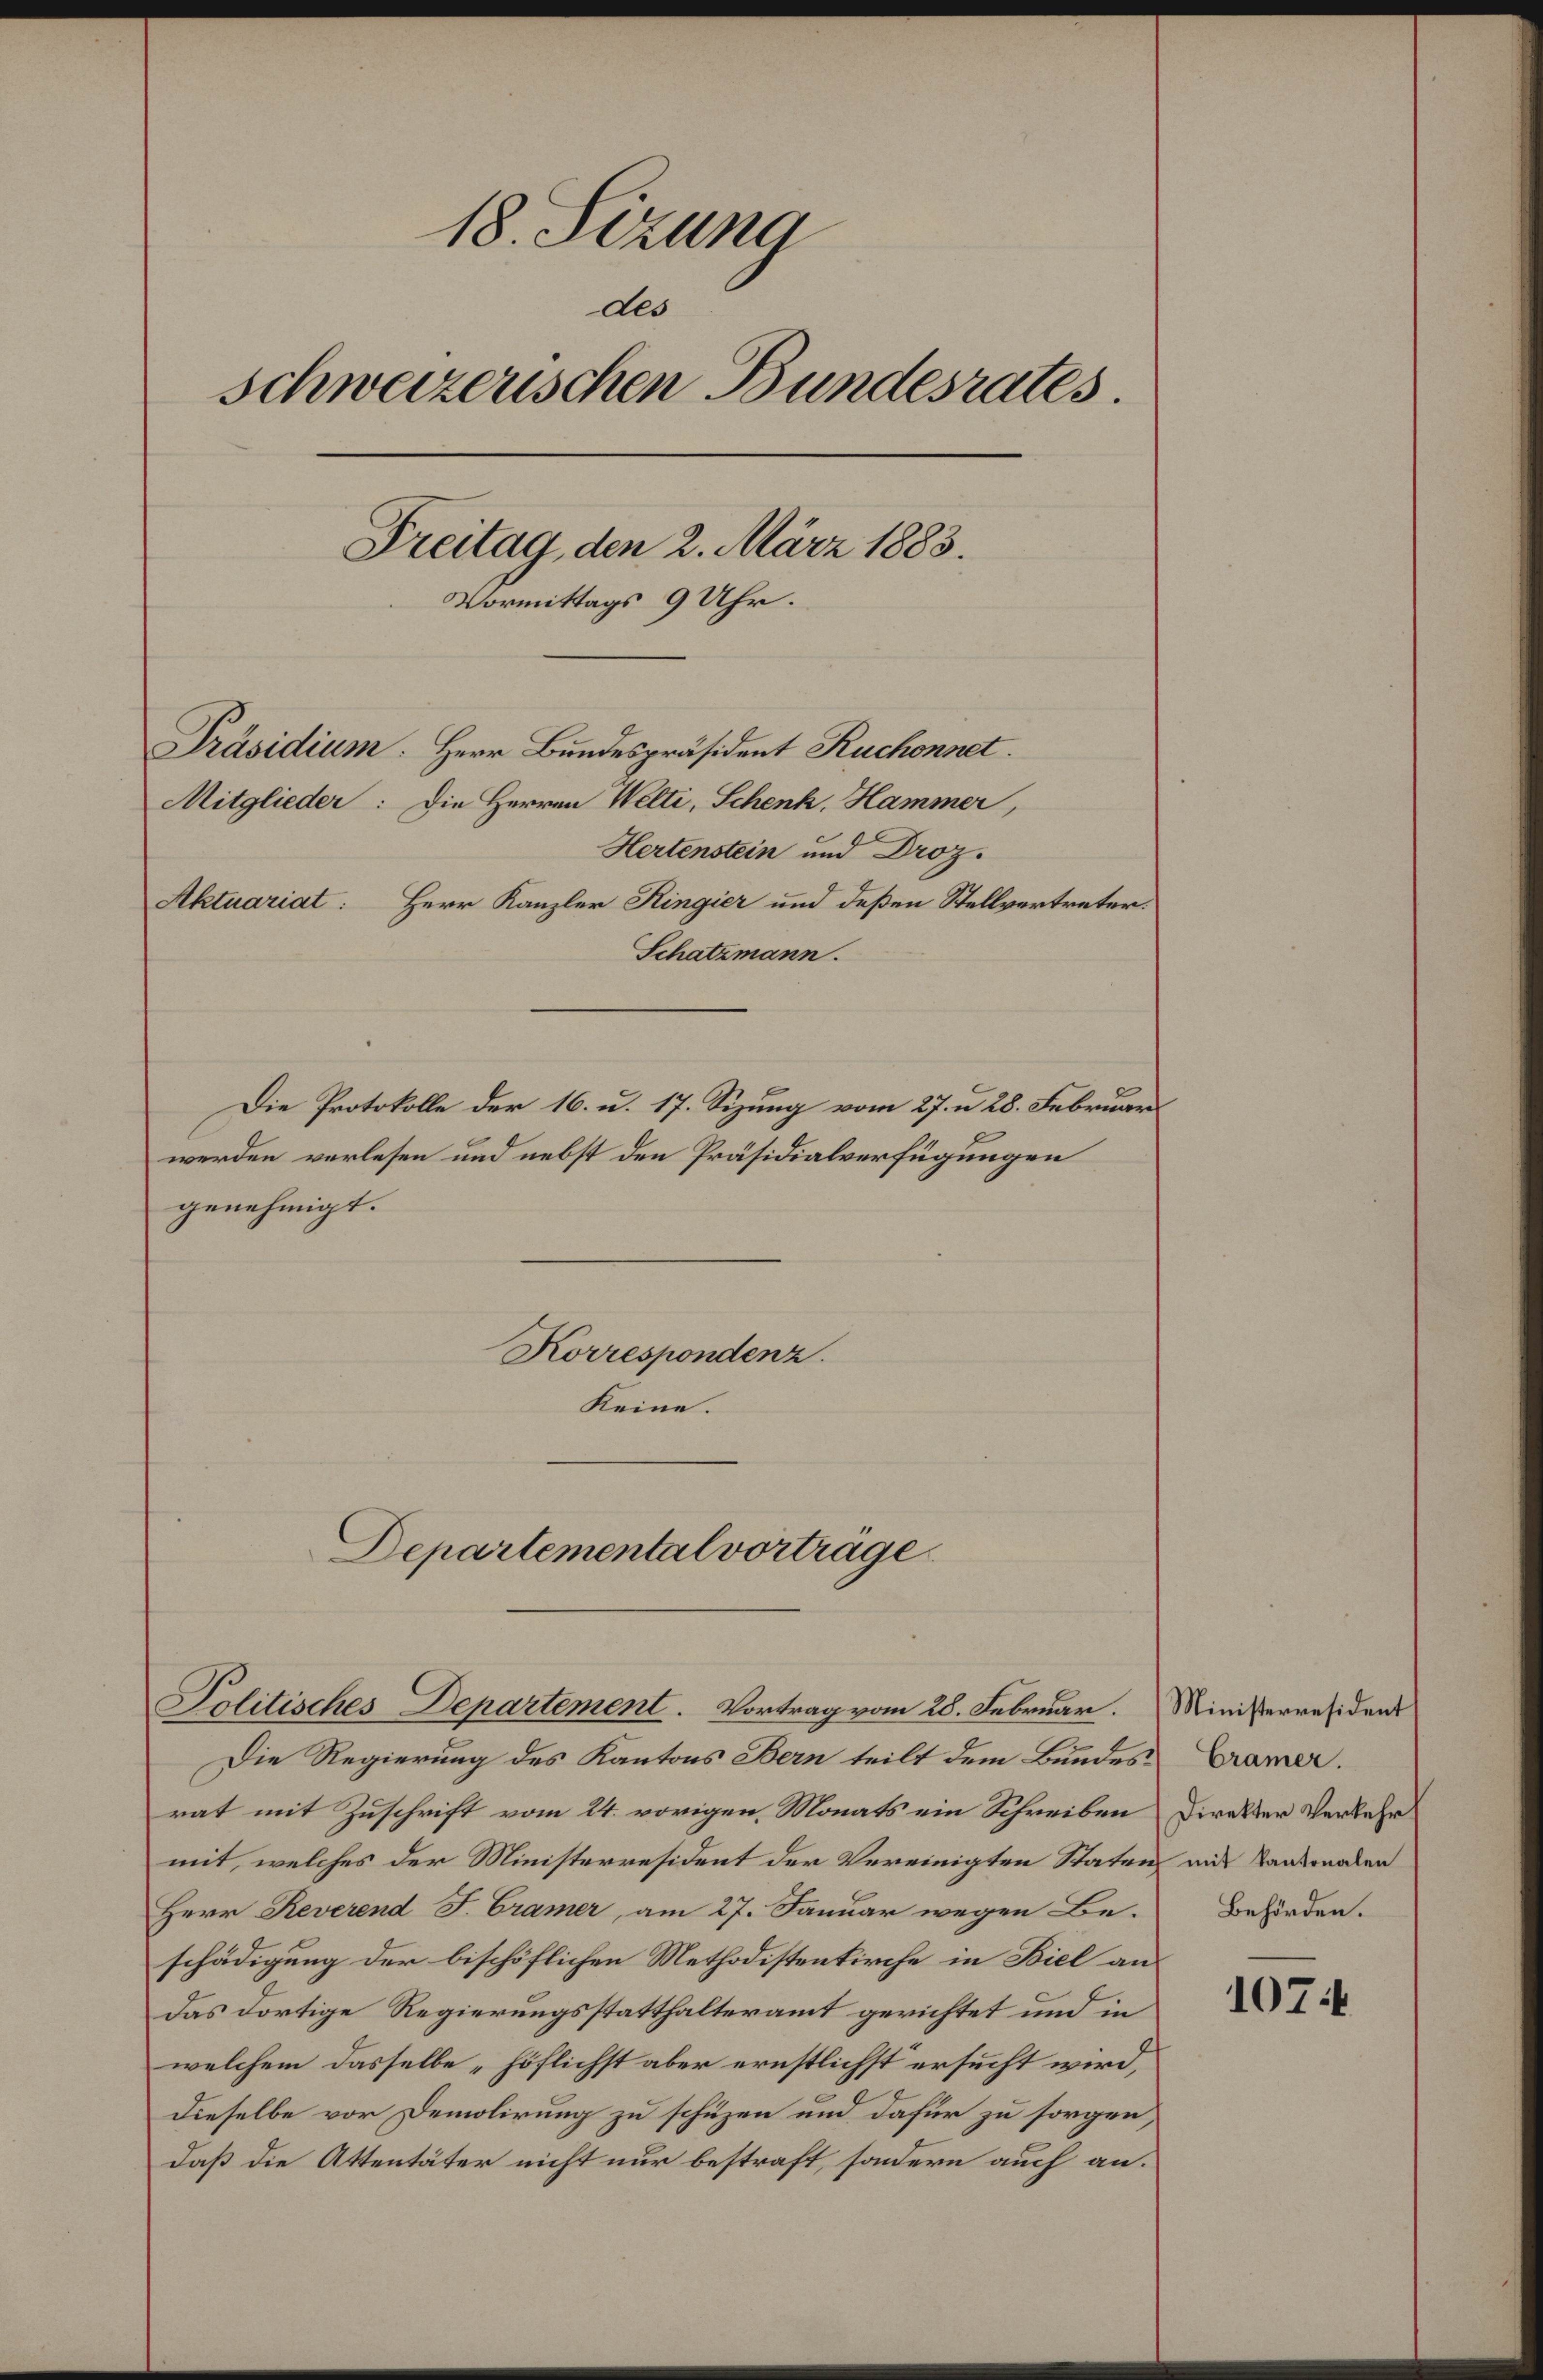
18. Sizung
des
schweizerischen Bundesrates.
Freitag, den 2. März 1883.
Vormittags 9 Uhr.
Präsidium. Herr Bundespräsident Ruchonnet
Mitglieder: Die Herren Welti, Schenk, Hammer,
Hertenstein und Droz.
Aktuariat: Herr Kanzler Ringier und deßen Stellvertreter:
Schatzmann.
Die Protokolle der 16. u. 17. Sizung vom 27. u 28. Februar
werden vorlesen und nebst den Präsidialverfügungen
genehmigt.

Korrespondenz.

Keine.

Departemental vorträge
Politisches Departement. Vortrag vom 28. Februar.

Die Regierung des Kantons Bern teilt dem Bundes
rat mit Zuschrift vom 24. vorigen, Monats ein Schreiben
mit, welches der Ministerresident der Vereinigten Staten
Herr Reverend F. Cramer, am 27. Januar wegen Be-
schädigung der bischöflichen Methodistenkirche in Biel an
das dortige Regierungsstatthalteramt gerichtet und in
welchem dasselbe „höflichst aber ernstlichst ersucht wird,
dieselbe vor Demolirung zu schüzen und dafür zu sorgen,
daß die Attentäter nicht nur bestraft, sondern auch an.

Ministerresident
Cramer.
Direkter Verkehr
mit Kantonalen
Behörden.

107